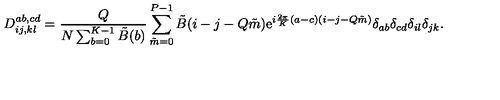
D _ { i j , k l } ^ { a b , c d } = { \frac { Q } { N \sum _ { b = 0 } ^ { K - 1 } \tilde { B } ( b ) } } \sum _ { \tilde { m } = 0 } ^ { P - 1 } \tilde { B } ( i - j - Q \tilde { m } ) \mathrm { e } ^ { i { \frac { 2 \pi } { K } } ( a - c ) ( i - j - Q \tilde { m } ) } \delta _ { a b } \delta _ { c d } \delta _ { i l } \delta _ { j k } .